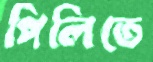
পিলিতে